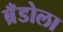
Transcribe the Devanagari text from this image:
ब्रँडोला